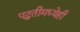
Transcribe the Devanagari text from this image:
पद्धतीमध्येही